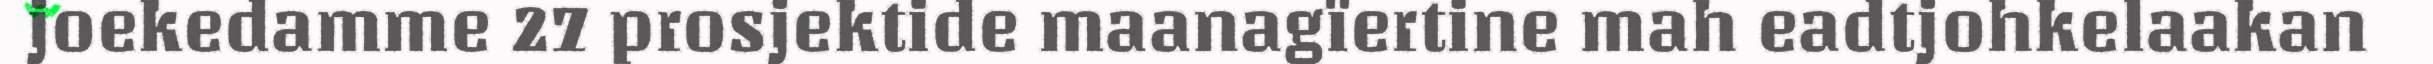
joekedamme 27 prosjektide maanagïertine mah eadtjohkelaakan